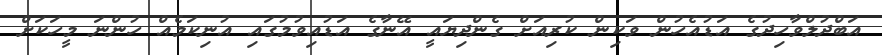
އަބްދުލްވާހިދުގެ އަޑުއެހުން ވަކިން ކުރިއަށް ގެންދިޔައީ އޭނާގެ އަޑުއިވުމުގައި އުނިކަމެއް ހުންނަ މީހަކަށް